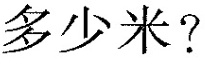
多少米?